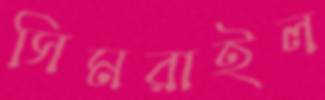
সিমরাইল